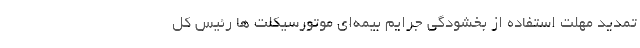
تمدید مهلت استفاده از بخشودگی جرایم بیمه‌ای موتورسیکلت ها رئیس کل